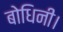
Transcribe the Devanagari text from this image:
बोधिनी।